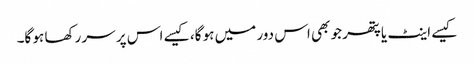
کیسے اینٹ یا پتھر جو بھی اس دور میں ہو گا، کیسے اس پر سر رکھا ہو گا۔